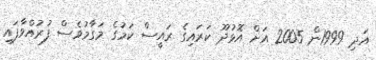
އަދި 1999ން 2005 އަށް އޮޅުދޫ ކަރައިގެ ރައީސް ކަމުގެ މަގާމުވެސް ފުރުއްވާފައި